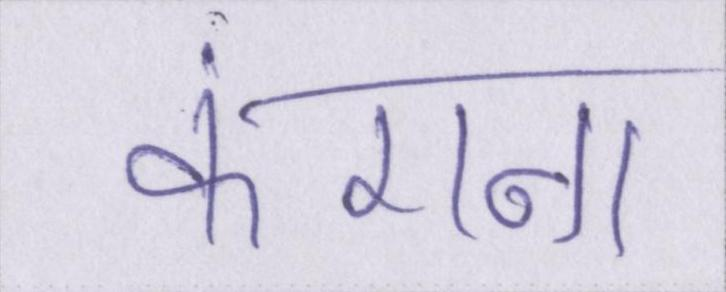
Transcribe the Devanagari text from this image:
कंगना